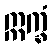
ဣက္ခံ